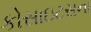
કોસાઇટસના